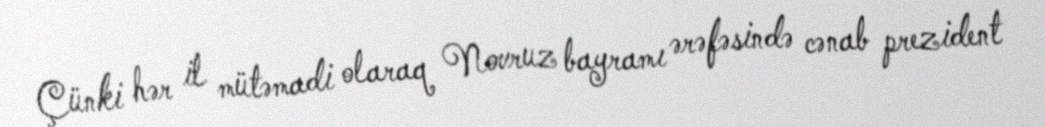
Çünki hər il mütəmadi olaraq Novruz bayramı ərəfəsində cənab prezident